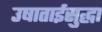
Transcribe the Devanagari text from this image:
उषाताईसुद्धा